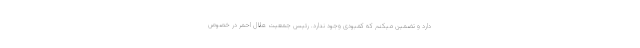
دارد و تضمین میکنم که کمبودی وجود ندارد. رئیس جمعیت هلال احمر در خصوص